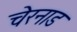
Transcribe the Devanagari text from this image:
चेरनाड